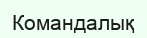
Командалық